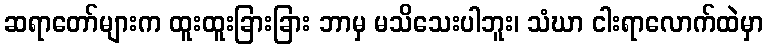
ဆရာတော်များက ထူးထူးခြားခြား ဘာမှ မသိသေးပါဘူး၊ သံဃာ ငါးရာလောက်ထဲမှာ